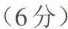
(6分)